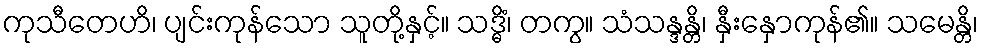
ကုသီတေဟိ၊ ပျင်းကုန်သော သူတို့နှင့်။ သဒ္ဓိံ၊ တကွ။ သံသန္ဒန္တိ၊ နှီးနှောကုန်၏။ သမေန္တိ၊